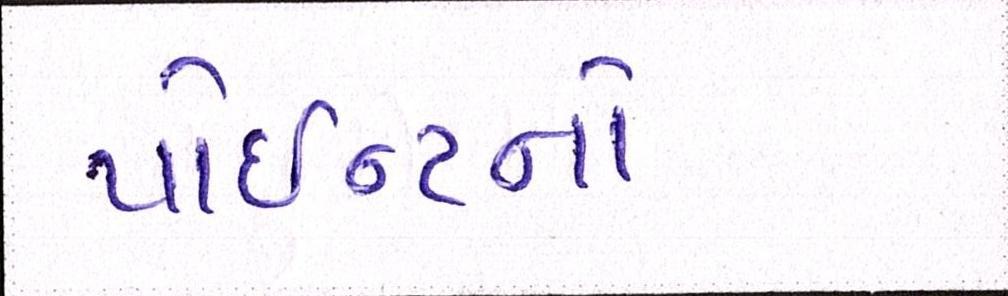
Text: પોઇન્ટનો